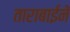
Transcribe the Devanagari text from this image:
ताराबाईनें